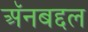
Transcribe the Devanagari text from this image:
अॅनबद्दल